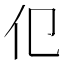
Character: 𬽢